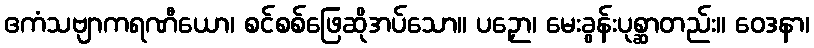
ဧကံသဗျာကရဏီယော၊ စင်စစ်ဖြေဆိုအပ်သော။ ပဉှော၊ မေးခွန်းပုစ္ဆာတည်း။ ဝေဒနာ၊